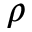
\rho